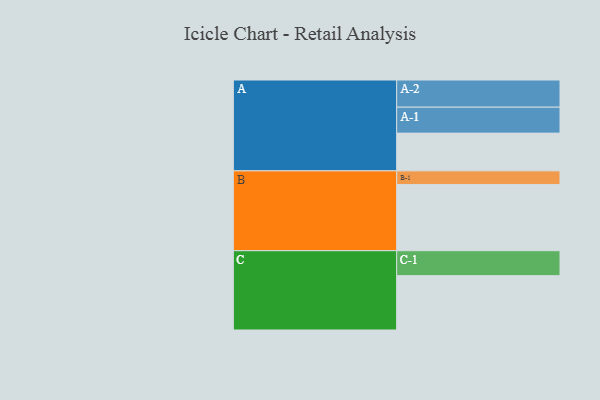
{"axis": {"x": "Segment", "y": "Value"}, "legend": ["", "A", "B", "C"], "data": [{"x": "A", "y": 339, "type": ""}, {"x": "B", "y": 595, "type": ""}, {"x": "C", "y": 488, "type": ""}, {"x": "A-1", "y": 233, "type": "A"}, {"x": "A-2", "y": 244, "type": "A"}, {"x": "B-1", "y": 122, "type": "B"}, {"x": "C-1", "y": 224, "type": "C"}]}